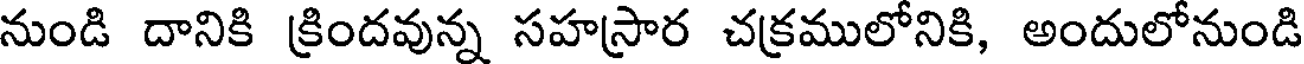
నుండి దానికి క్రిందవున్న సహస్రార చక్రములోనికి, అందులోనుండి